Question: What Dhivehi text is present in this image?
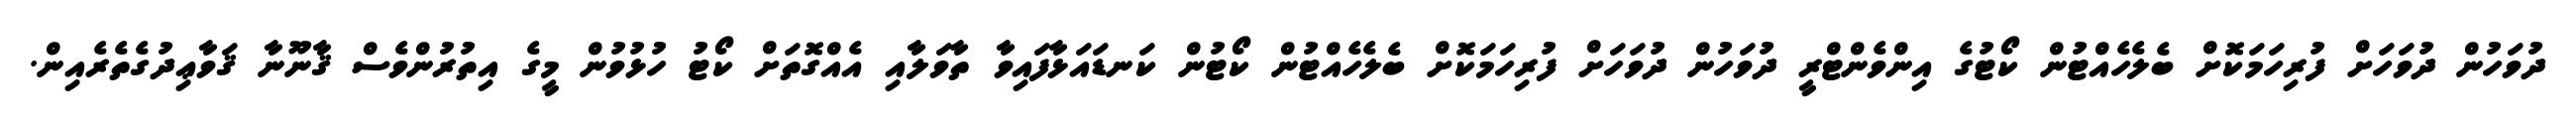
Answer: ދުވަހުން ދުވަހަށް ފުރިހަމަކޮށް ބެލެހެއްޓުން ކޯޓުގެ އިންވެންޓްރީ ދުވަހުން ދުވަހަށް ފުރިހަމަކޮށް ބެލެހެއްޓުން ކޯޓުން ކަނޑައަޅާފައިވާ ތާވަލާއި އެއްގޮތަށް ކޯޓު ހުޅުވުން މީގެ އިތުރުންވެސް ޤާނޫނާ ޤަވާޢިދުގެތެރެއިން.